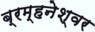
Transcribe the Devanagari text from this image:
ब्रम्हनेश्वर